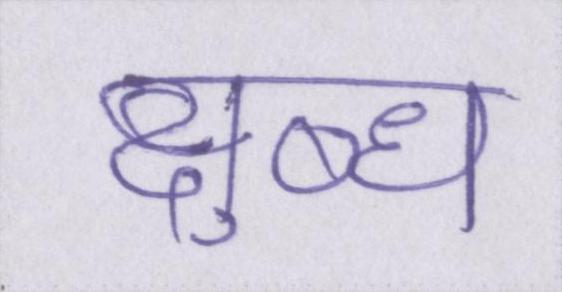
क्षुब्ध